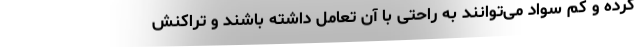
کرده و کم سواد می‌توانند به راحتی با آن تعامل داشته باشند و تراکنش